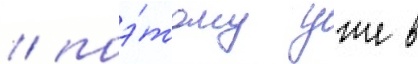
/ поэ́тому уже в